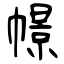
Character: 幜